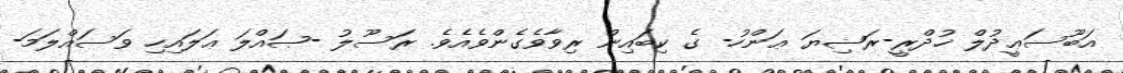
އަބޫސަޢީދުލް ޚުދްރީ-ރަޟިޔަ ޢަންހު- ގެ ކިބައިން ރިވާވެގެންވެއެވެ. ރަސޫލު -ޞައްލަ ޢަލައިހި ވަސައްލަމަ-